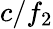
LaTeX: c/f_{2}